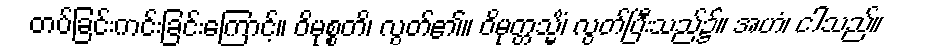
တပ်ခြင်းကင်းခြင်းကြောင့်။ ဝိမုစ္စတိ၊ လွတ်၏။ ဝိမုတ္တသ္မိံ၊ လွတ်ပြီးသည်၌။ အဟံ၊ ငါသည်။